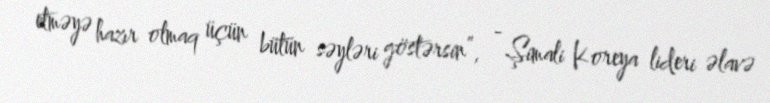
etməyə hazır olmaq üçün bütün səyləri göstərsin”, - Şimali Koreya lideri əlavə